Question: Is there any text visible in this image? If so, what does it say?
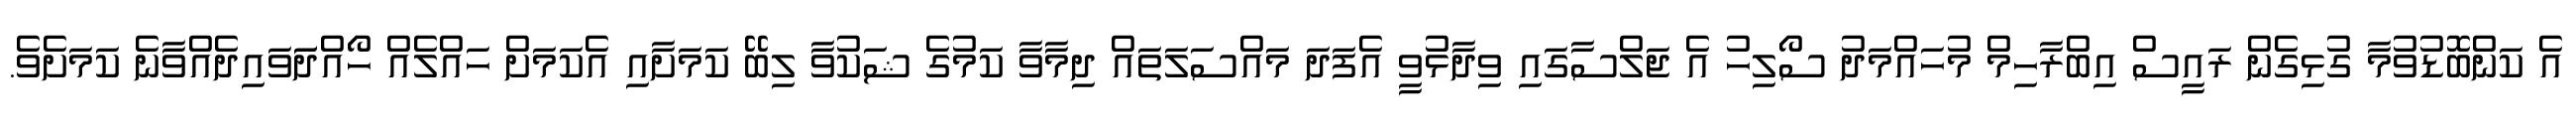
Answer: އެ ކަންބޮޑުވުމާ ގުޅިގެން ރައީސް އިބްރާހިމް މުހައްމަދު ސޯލިހު އެ ޖަލްސާގައި ވިދާޅުވީ އެފަދަ މައްސަލަތައް ދިމާވާ ކަމުގެ ޝަކުވާ ލިބޭ ކަމަށާއި އެކަމަށް ހައްލެއް ހޯއްދަަވައިދެއްވާނެ ކަމަށެވެ.